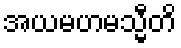
အယမဟမသ္မီတိ